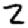
Digit: 2